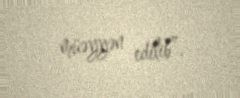
müəyyən edilib”.